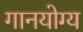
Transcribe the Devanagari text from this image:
गानयोग्य